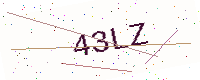
Text: 43LZ